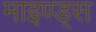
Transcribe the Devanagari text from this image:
माइण्ड्स